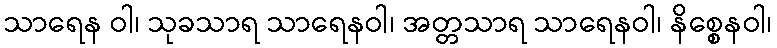
သာရေန ဝါ၊ သုခသာရ သာရေနဝါ၊ အတ္တသာရ သာရေနဝါ၊ နိစ္စေနဝါ၊